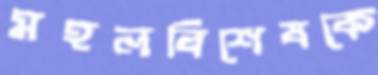
মহলবিশেষকে